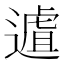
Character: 𨖆